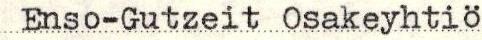
Enso-Gutzeit Osakeyhtiö